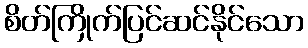
စိတ်ကြိုက်ပြင်ဆင်နိုင်သော